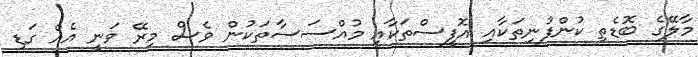
މާލޭގެ ބޮޑެތި ކުންފުނިތަކާއި އޮފީސްތަކާއި މުއްސަސާތަކުން ވެސް މިރޭ ވަނީ އެއް ގަޑި